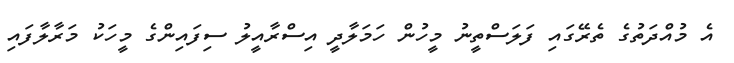
އެ މުއްދަތުގެ ތެރޭގައި ފަލަސްތީނު މީހުން ހަމަލާދީ އިސްރާއީލު ސިފައިންގެ މީހަކު މަރާލާފައި